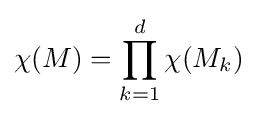
\chi (M)=\prod _{k=1}^{d}\chi (M_{k})